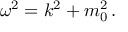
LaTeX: \omega ^ { 2 } = k ^ { 2 } + m _ { 0 } ^ { 2 } \, .